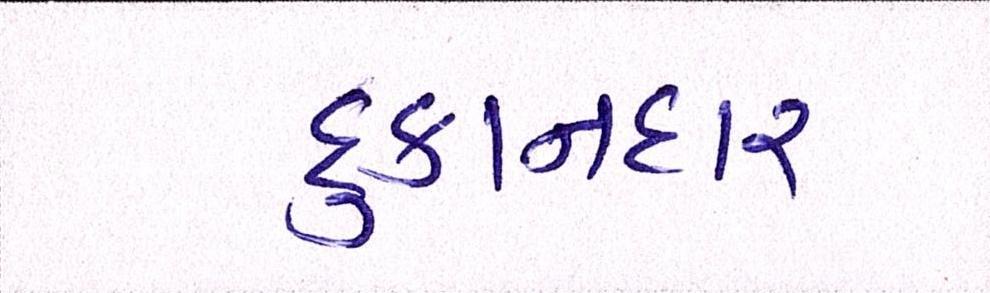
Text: દુકાનદાર